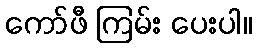
ကော်ဖီ ကြမ်း ပေးပါ။